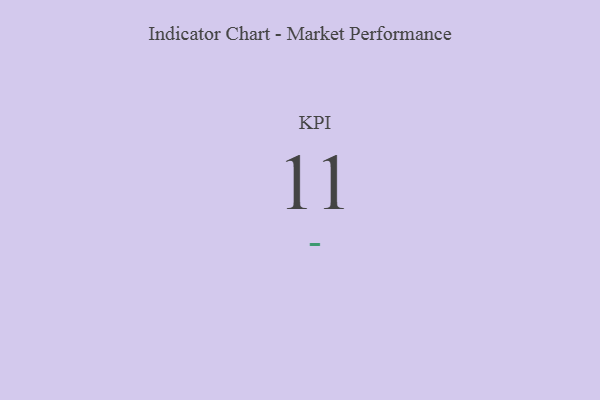
{"axis": {"x": "KPI", "y": "Value"}, "legend": [""], "data": [{"x": "KPI", "y": 11, "type": ""}]}